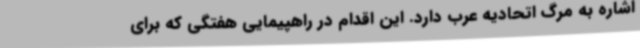
اشاره به مرگ اتحادیه عرب دارد. این اقدام در راهپیمایی هفتگی که برای